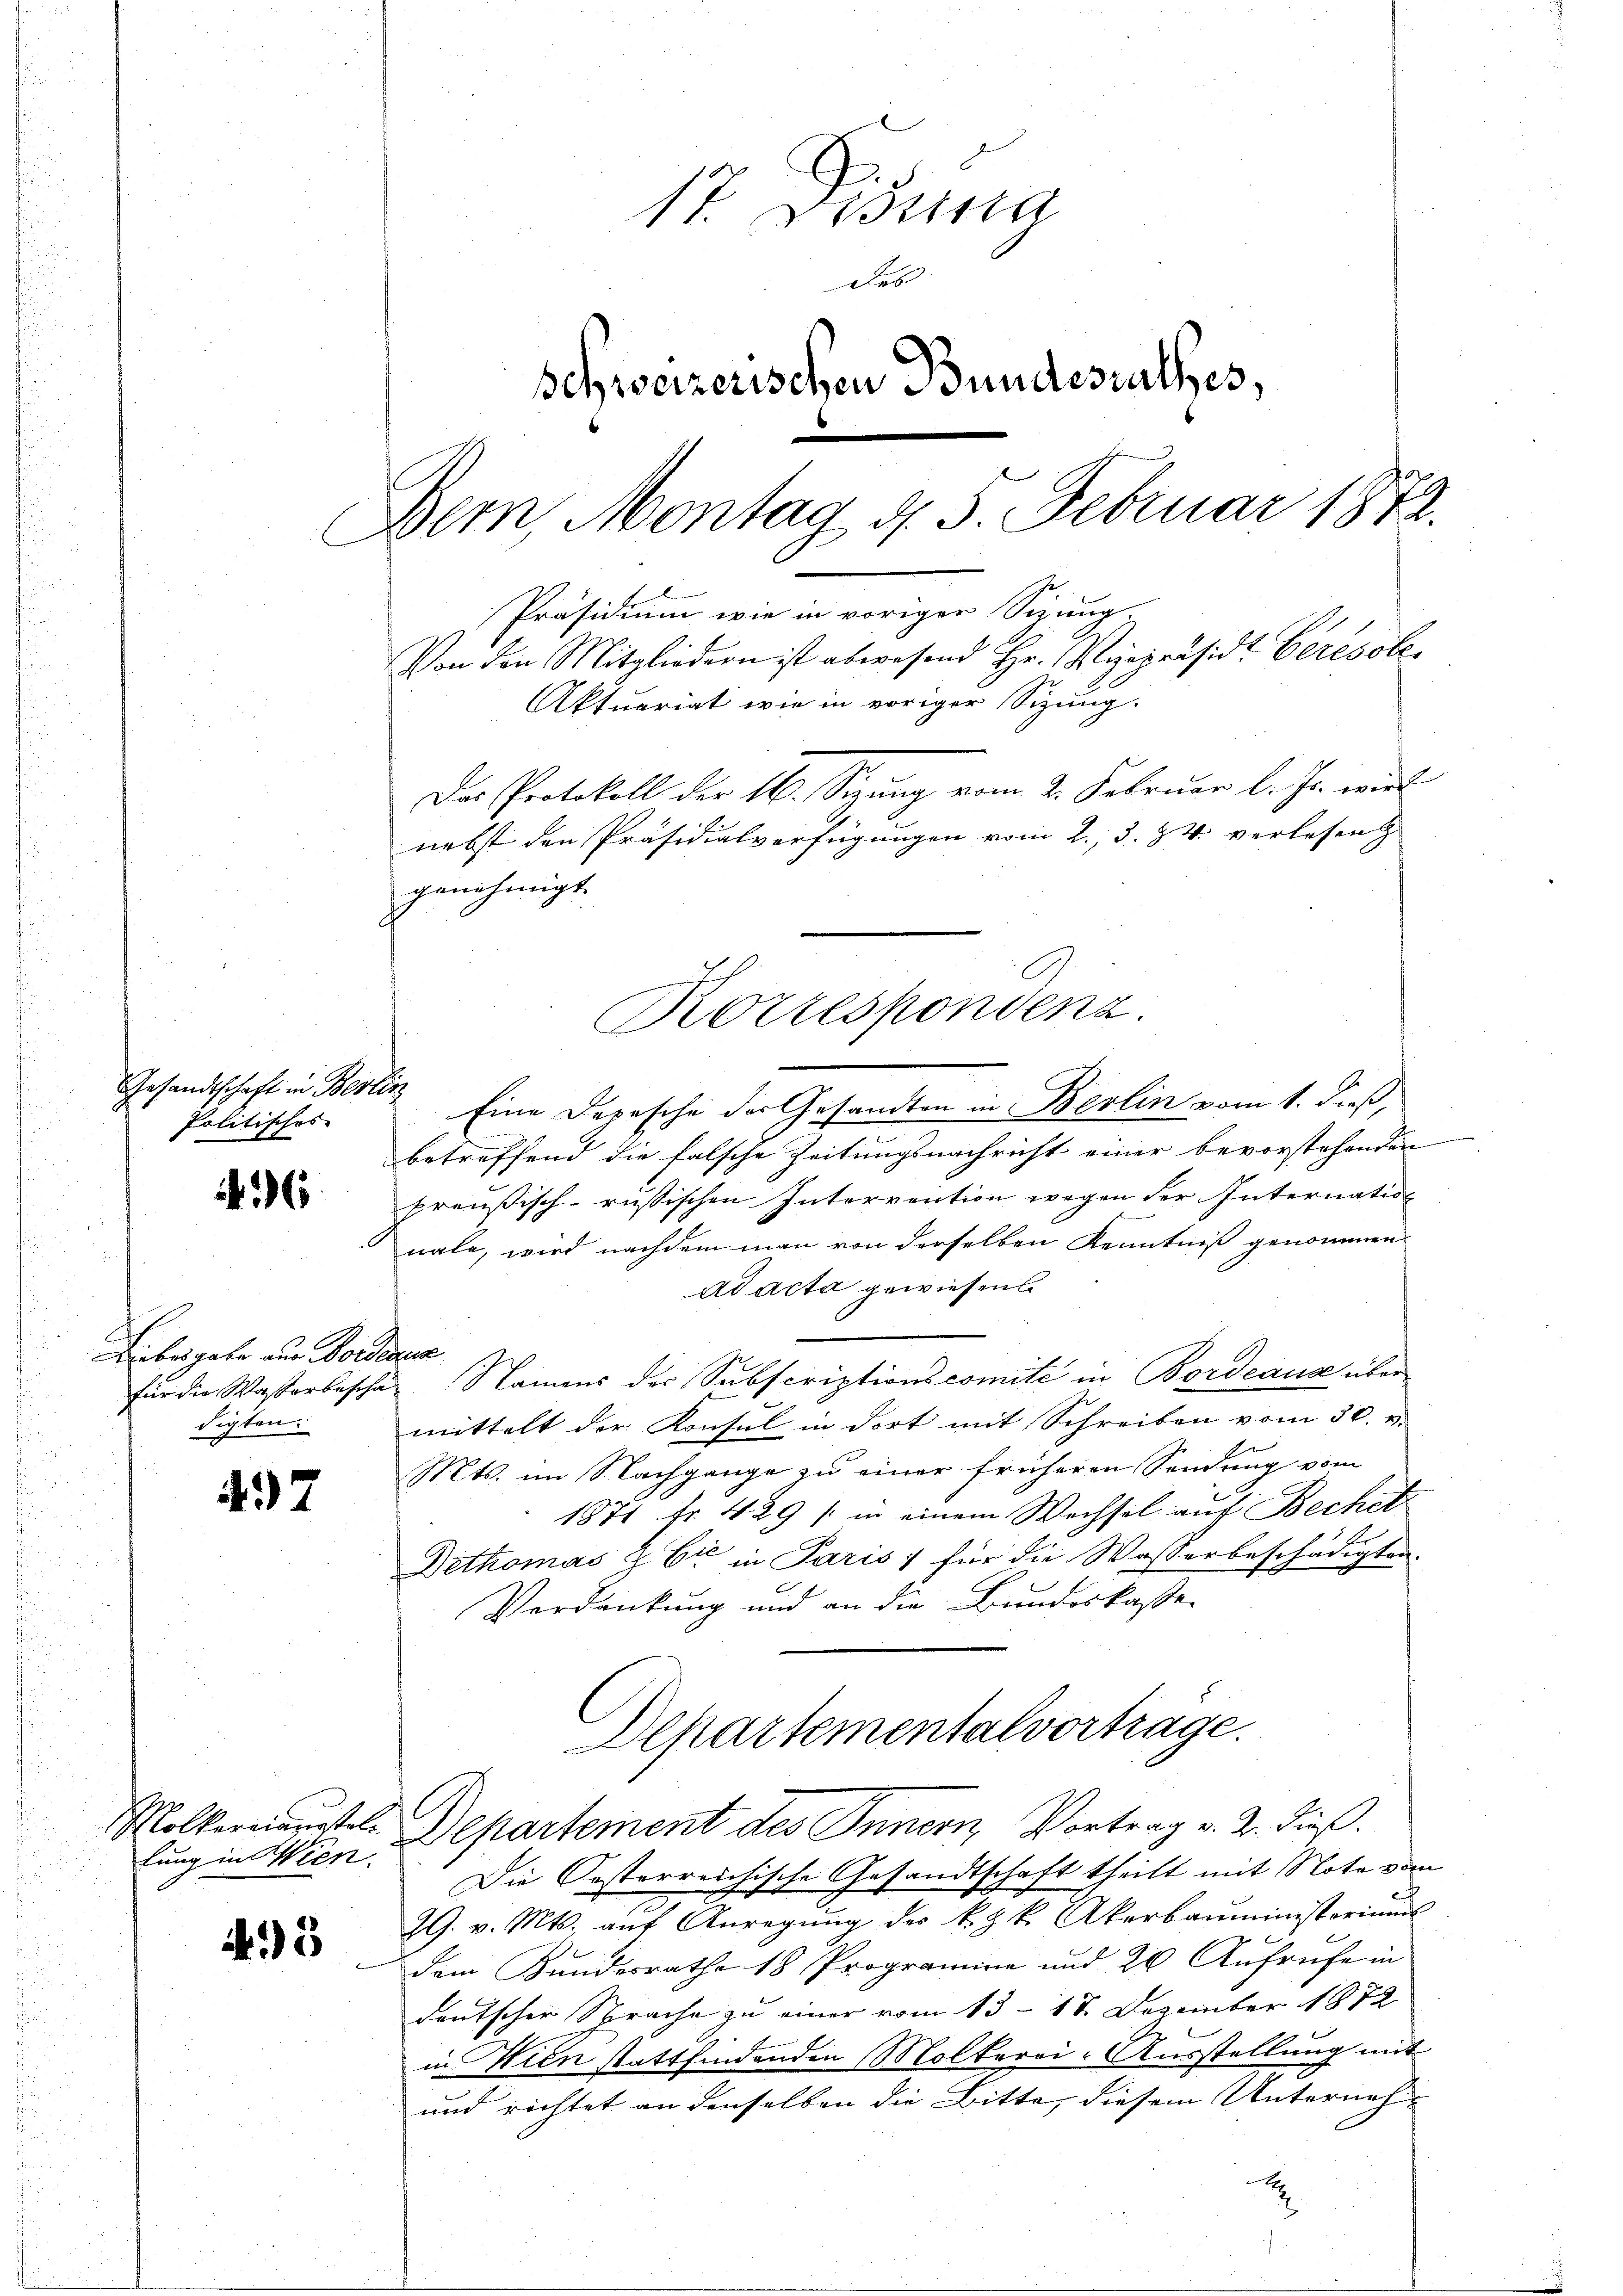
Gesandtschaft in Berlin
Politisches

46

Libergabe aus Norda
für die Wasserbescha
digten.

497

lung in Wien.

43

17. Sessista
des
schweizerischen Bundesrathes,
Dem, Montag d. 5. Februar 1872.
Präsidium wie in voriger Sizung,
Von den Mitgliedern ist abwesend Hr. Ryspräsidt Ceresole
Aktuariat wie in voriger Sizung.
Das Protokoll der 166. Sitzung vom 2. Februar l. Js. wied
nebst den Präsidialverfügungen vom 2., 3. 84. verlesen

genehmigt.
Korrespondenz.

Eine Depesche der Gesandten in Berlin vom 1. dieß,
betreffend die falsche Zeitungsnachricht einer bevorstehenden
preußisch-russischen Interrention wegen der Internation
nale, wird nachdem man von derselben Kenntniß genommen
ad acta gewiesen
t
 Namens der Subscriptionscomité in Bordeaus über
mittelt der Konsul in dort mit Schreiben vom 30. v.
Mts. im Nachgange zu einer früheren Sendung vom
1871 Fr. 429 / in einem Wechsel auf Bechet
Dethomas & Er in Paris 1 für die Wasserbeschädigten.
Verdankung und an die Bundeskasse
Departementalvortrage.

Mölkernerstel. Departement des Innern, Vortrag v. 2. dieß.

Die Posterreichische Gesandtschaft theilt mit Note vom
29. v. Mts. aŭf Anregŭng des k. k. Akerbaŭministeriums
dem Bundesrath 18 Programine und 20 Aufrufe in
deutscher Sprache zu einer vom 13. 18. Dezember 1872
in Wien stattfindenden Molkarai-Ausstellung mit
und richtet an denselben die Bitte, diesem Unternehx